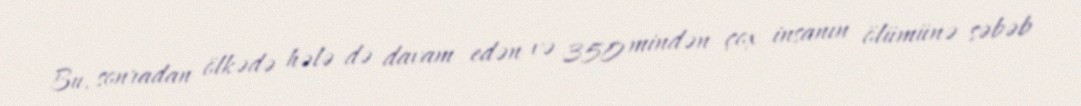
Bu, sonradan ölkədə hələ də davam edən və 350 mindən çox insanın ölümünə səbəb